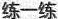
练一练